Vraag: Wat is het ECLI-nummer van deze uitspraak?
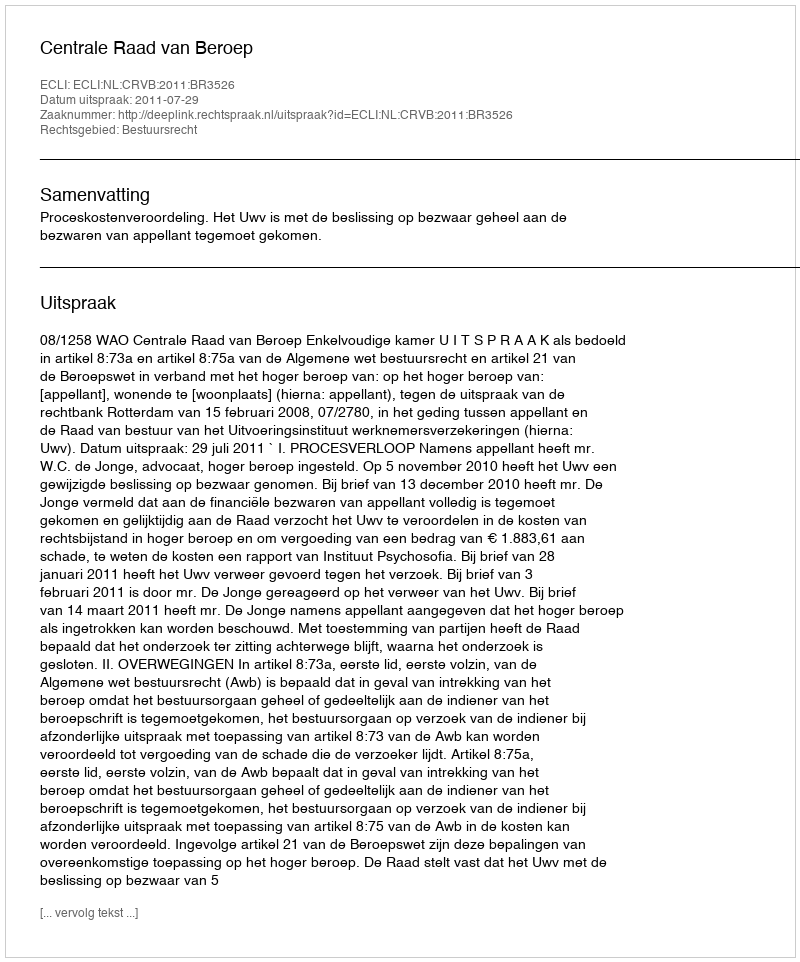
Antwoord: ECLI:NL:CRVB:2011:BR3526